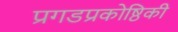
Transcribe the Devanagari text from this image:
प्रगडप्रकोष्ठिकी